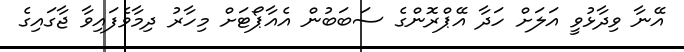
އޭނާ ވިދާޅުވީ އަލަށް ހަދާ އޭޕްރޮންގެ ސަބަބުން އެއާޕޯޓަށް މިހާރު ދިމާވެފައިވާ ޖާގައިގެ